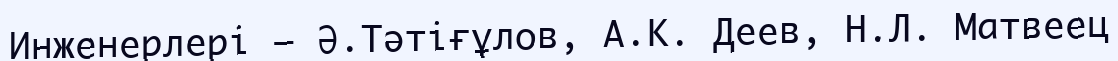
Инженерлері — Ә.Тәтіғұлов, А.К. Деев, Н.Л. Матвеец